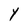
Character: Y